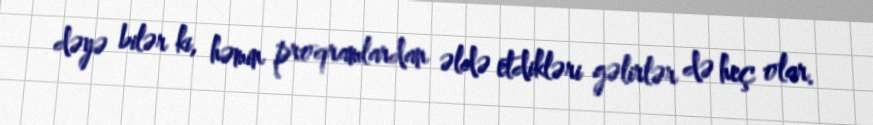
dəyə bilər ki, həmin proqramlardan əldə etdikləri gəlirlər də heç olar.